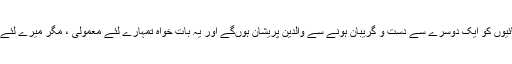
مزید برآں ہم بھائیوں کو ایک دوسرے سے دست و گریبان ہونے سے والدین پریشان ہوںگے اور یہ بات خواہ تمہارے لئے معمولی ، مگر میرے لئے گناہِ عظیم ہے ۔